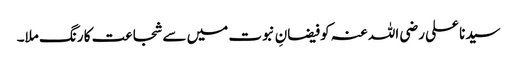
سیدنا علی رضی اللہ عنہ کو فیضانِ نبوت میں سے شجاعت کا رنگ ملا۔